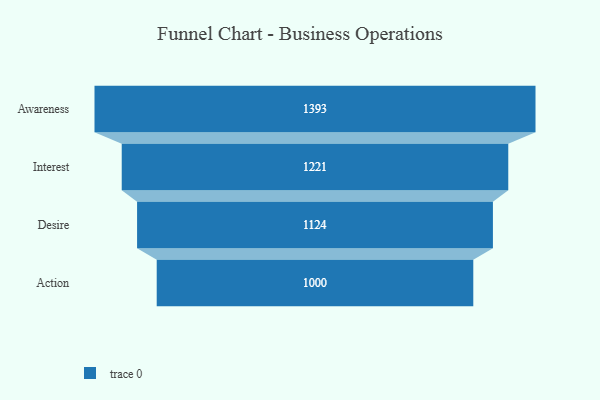
{"axis": {"x": "Stage", "y": "Value"}, "legend": [""], "data": [{"x": "Awareness", "y": 1393.0, "type": ""}, {"x": "Interest", "y": 1221.0, "type": ""}, {"x": "Desire", "y": 1124.0, "type": ""}, {"x": "Action", "y": 1000.0, "type": ""}]}